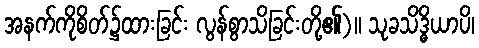
အနက်ကိုစိတ်၌ထားခြင်း လွန်စွာသိခြင်းတို့၏)။ သုခသိဒ္ဓိယာပိ၊